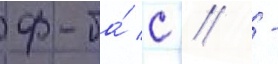
ф-та́ с // -